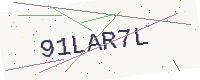
Text: 91LAR7L